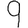
Digit: 9